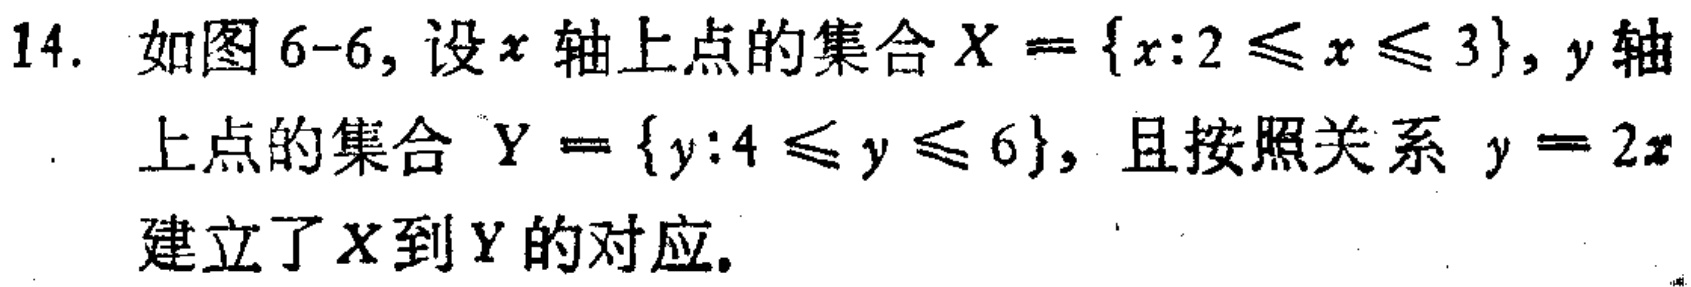
14. 如图6-6, 设\(x\)轴上点的集合\(X = \{x:2\leqslant x\leqslant 3\}\), \(y\)轴上点的集合 \(Y = \{y:4\leqslant y\leqslant 6\}\), 且按照关系 \(y = 2x\)建立了\(X\)到\(Y\)的对应.